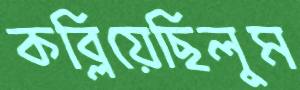
কব্‌লিয়েছিলুম